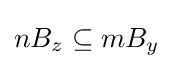
nB_{z}\subseteq mB_{y}